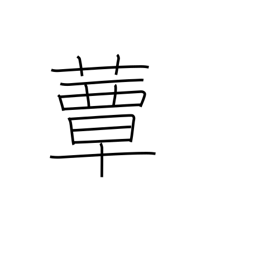
Meaning: toadstool